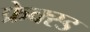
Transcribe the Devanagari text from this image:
फ्रेक्स्ड